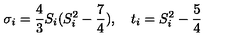
{ \sigma } _ { i } = { \frac { 4 } { 3 } } S _ { i } ( S _ { i } ^ { 2 } - { \frac { 7 } { 4 } } ) , \quad t _ { i } = S _ { i } ^ { 2 } - { \frac { 5 } { 4 } }